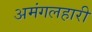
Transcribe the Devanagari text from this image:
अमंगलहारी